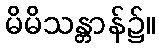
မိမိသန္တာန်၌။